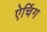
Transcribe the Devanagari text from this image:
ऐचिंग